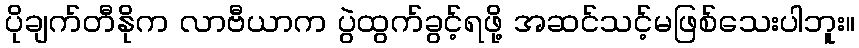
ပိုချက်တီနိုက လာဗီယာက ပွဲထွက်ခွင့်ရဖို့ အဆင်သင့်မဖြစ်သေးပါဘူး။